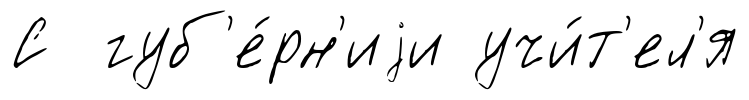
С губ'е́рн'иjи учи́т'ел'я